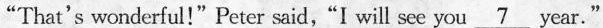
“That's wonderful!"Peter said, “I will see you \underline{7} year."